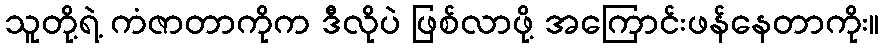
သူတို့ရဲ့ ကံဇာတာကိုက ဒီလိုပဲ ဖြစ်လာဖို့ အကြောင်းဖန်နေတာကိုး။